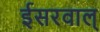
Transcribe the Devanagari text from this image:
ईसरवाल्